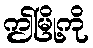
ဤမြို့ကို